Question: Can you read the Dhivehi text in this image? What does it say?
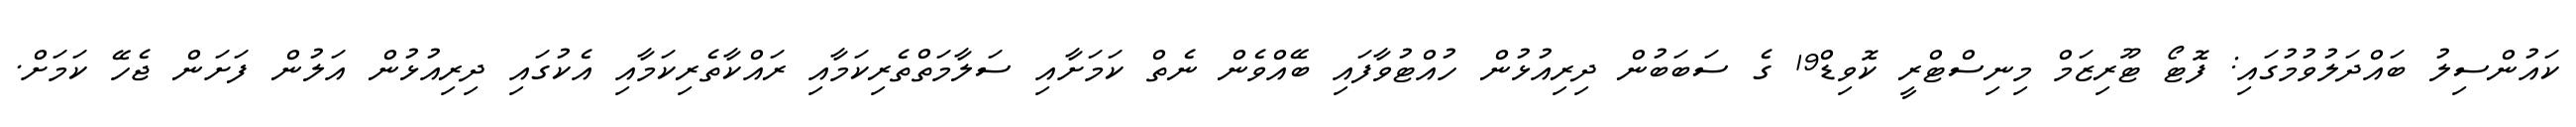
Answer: ކައުންސިލު ބައްދަލުވުމުގައި: ފޮޓޯ ޓޫރިޒަމް މިނިސްޓްރީ ކޮވިޑް19 ގެ ސަބަބުން ދިރިއުޅުން ހުއްޓުވާފައި ބޭއްވެން ނެތް ކަމަށާއި ސަލާމަތްތެރިކަމާއި ރައްކާތެރިކަމާއި އެކުގައި ދިރިއުޅުން އަލުން ފަށަން ޖެހޭ ކަމަށް.